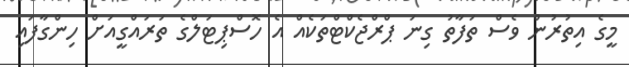
މީގެ އިތުރުން ވެސް ތަފާތު ގިނަ ޕްރްޖެކްޓްތަކެއް އެ ހޮސްޕިޓަލްގެ ތަރައްގީއަށް ހިންގާފައި